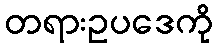
တရားဥပဒေကို